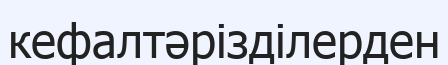
кефалтәрізділерден